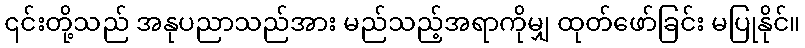
၎င်းတို့သည် အနုပညာသည်အား မည်သည့်အရာကိုမျှ ထုတ်ဖော်ခြင်း မပြုနိုင်။